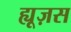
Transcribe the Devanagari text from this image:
ह्यूज़स